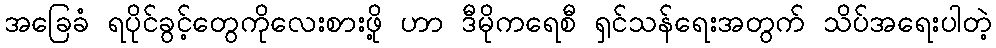
အခြေခံ ရပိုင်ခွင့်တွေကိုလေးစားဖို့ ဟာ ဒီမိုကရေစီ ရှင်သန်ရေးအတွက် သိပ်အရေးပါတဲ့